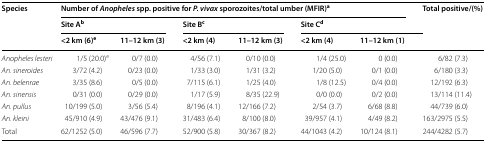
<table><thead><tr><td rowspan="3"><b>Species</b></td><td colspan="6"><b>Number of <i>Anopheles</i> spp. positive for <i>P. vivax</i> sporozoites/total umber (MFIR)<sup>a</sup></b></td><td rowspan="3"><b>Total positive/(%)</b></td></tr><tr><td colspan="2"><b>Site A<sup>b</sup></b></td><td colspan="2"><b>Site B<sup>c</sup></b></td><td colspan="2"><b>Site C<sup>d</sup></b></td></tr><tr><td><b>&lt;2 km (6)<sup>e</sup></b></td><td><b>11–12 km (3)</b></td><td><b>&lt;2 km (4)</b></td><td><b>11–12 km (3)</b></td><td><b>&lt;2 km (4)</b></td><td><b>11–12 km (1)</b></td></tr></thead><tbody><tr><td><i>Anopheles lesteri</i></td><td>1/5 (20.0)<sup>e</sup></td><td>0/7 (0.0)</td><td>4/56 (7.1)</td><td>0/10 (0.0)</td><td>1/4 (25.0)</td><td>0 (0.0)</td><td>6/82 (7.3)</td></tr><tr><td><i>An. sineroides</i></td><td>3/72 (4.2)</td><td>0/23 (0.0)</td><td>1/33 (3.0)</td><td>1/31 (3.2)</td><td>1/20 (5.0)</td><td>0/1 (0.0)</td><td>6/180 (3.3)</td></tr><tr><td><i>An. belenrae</i></td><td>3/35 (8.6)</td><td>0/5 (0.0)</td><td>7/115 (6.1)</td><td>1/25 (4.0)</td><td>1/8 (12.5)</td><td>0/4 (0.0)</td><td>12/192 (6.3)</td></tr><tr><td><i>An. sinensis</i></td><td>0/31 (0.0)</td><td>0/29 (0.0)</td><td>1/17 (5.9)</td><td>8/35 (22.9)</td><td>0/0 (0.0)</td><td>0/2 (0.0)</td><td>13/114 (11.4)</td></tr><tr><td><i>An. pullus</i></td><td>10/199 (5.0)</td><td>3/56 (5.4)</td><td>8/196 (4.1)</td><td>12/166 (7.2)</td><td>2/54 (3.7)</td><td>6/68 (8.8)</td><td>44/739 (6.0)</td></tr><tr><td><i>An. kleini</i></td><td>45/910 (4.9)</td><td>43/476 (9.1)</td><td>31/483 (6.4)</td><td>8/100 (8.0)</td><td>39/957 (4.1)</td><td>4/49 (8.2)</td><td>163/2975 (5.5)</td></tr><tr><td>Total</td><td>62/1252 (5.0)</td><td>46/596 (7.7)</td><td>52/900 (5.8)</td><td>30/367 (8.2)</td><td>44/1043 (4.2)</td><td>10/124 (8.1)</td><td>244/4282 (5.7)</td></tr></tbody></table>